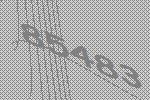
85483